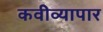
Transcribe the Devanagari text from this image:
कवीव्यापार